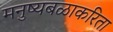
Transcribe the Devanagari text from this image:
मनुष्यबळाकरिता